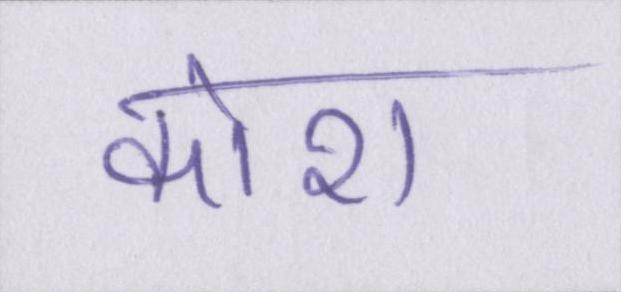
कोरा